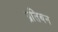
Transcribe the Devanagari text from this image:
प्रतिबन